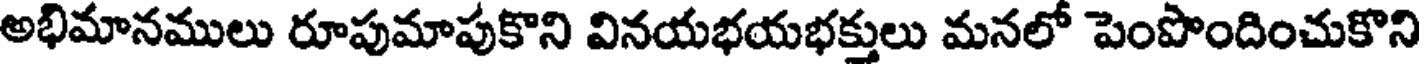
అభిమానములు రూపుమాపుకొని వినయభయభక్తులు మనలో పెంపొందించుకొని